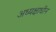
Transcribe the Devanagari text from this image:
अध्यक्षाधीन